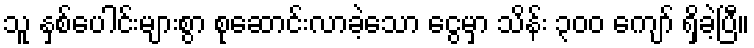
သူ နှစ်ပေါင်းများစွာ စုဆောင်းလာခဲ့သော ငွေမှာ သိန်း ၃၀၀ ကျော် ရှိခဲ့ပြီ။